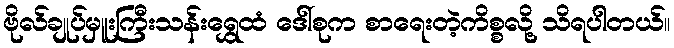
ဗိုလ်ချုပ်မှူးကြီးသန်းရွှေထံ ဒေါ်စုက စာရေးတဲ့ကိစ္စလို့ သိရပါတယ်။